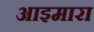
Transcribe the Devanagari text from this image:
आइमारा